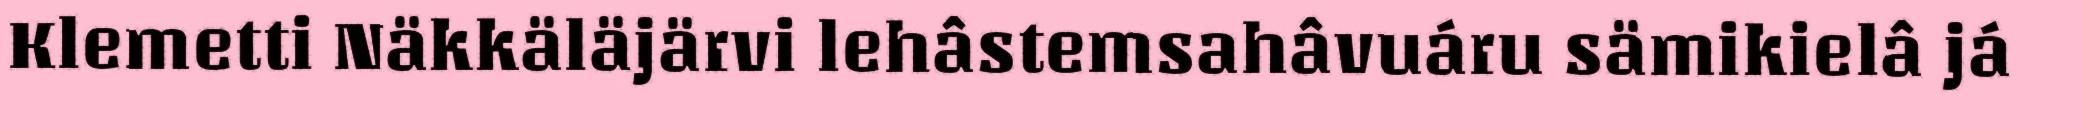
Klemetti Näkkäläjärvi lehâstemsahâvuáru sämikielâ já